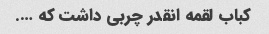
کباب لقمه انقدر چربی داشت که ….